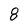
Character: 8